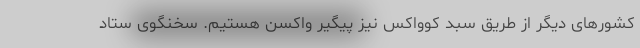
کشورهای دیگر از طریق سبد کوواکس نیز پیگیر واکسن هستیم. سخنگوی ستاد